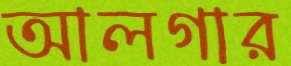
আলগার